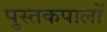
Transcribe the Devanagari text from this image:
पुस्तकपालों